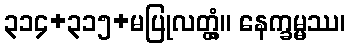
၃၁၄+၃၁၅+မပြုလတ္တံ့။ နေက္ခမ္မဿ၊